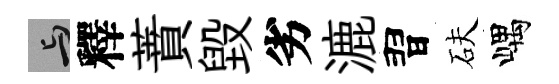
与釋蕡毀劣漉習砆嵎